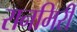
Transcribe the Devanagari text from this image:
रानमिरी